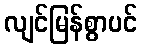
လျင်မြန်စွာပင်